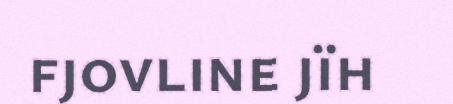
fjovline jïh